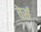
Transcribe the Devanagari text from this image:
वेर्स